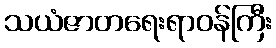
သယံဇာတရေးရာဝန်ကြီး